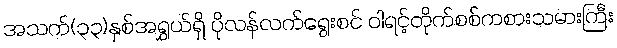
အသက်(၃၃)နှစ်အရွှယ်ရှိ ပိုလန်လက်ရွေးစင် ဝါရင့်တိုက်စစ်ကစားသမားကြီး